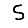
Digit: 5